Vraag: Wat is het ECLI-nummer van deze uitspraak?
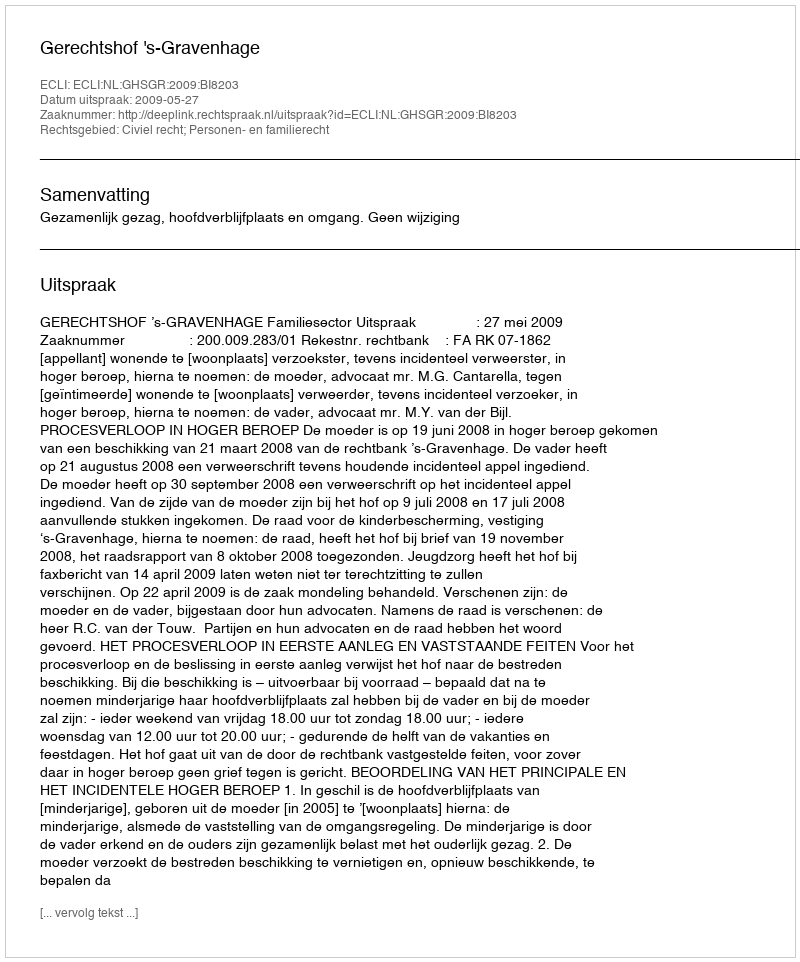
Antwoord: ECLI:NL:GHSGR:2009:BI8203